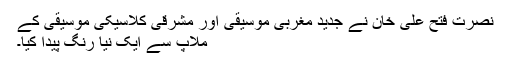
نصرت فتح علی خان نے جدید مغربی موسیقی اور مشرقی کلاسیکی موسیقی کے
ملاپ سے ایک نیا رنگ پیدا کیا۔